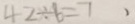
4 2 \div 6 = 7